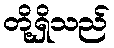
တို့ရှိသည်